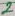
Text: 2